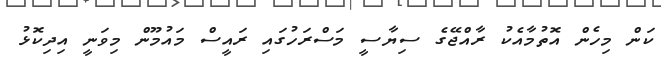
ކަން މިހެން އޮތުމާއެކު ރާއްޖޭގެ ސިޔާސީ މަސްރަހުގައި ރައީސް މައުމޫން މިވަނީ އިދިކޮޅު